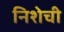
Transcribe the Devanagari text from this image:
निशेची